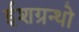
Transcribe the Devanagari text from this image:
ईशग्रन्थो